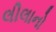
લીલાનો